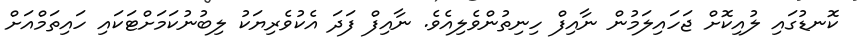
ކޮނޑުގައި ލުއިކޮށް ޖަހައިލަމުން ނާއިފް ހިނިތުންވެލިއެވެ. ނާއިފް ފަދަ އެކުވެރިޔަކު ލިބުނުކަމަށްޓަކައި ހައިތަމްއަށް